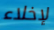
لإخلاء